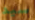
سيد